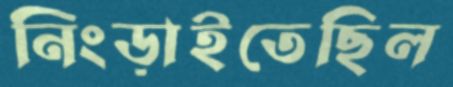
নিংড়াইতেছিল